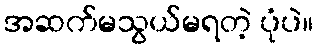
အဆက်မသွယ်မရတဲ့ ပုံပဲ။